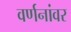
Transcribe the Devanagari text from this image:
वर्णनांवर